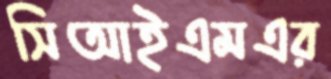
সিআইএমএর